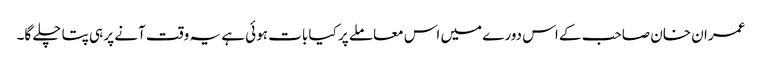
عمران خان صاحب کے اس دورے میں اس معاملے پر کیا بات ہوئی ہے یہ وقت آنے پر ہی پتا چلے گا۔